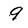
Character: 9